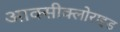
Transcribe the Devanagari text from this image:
आक्‍सीक्‍लोराइड